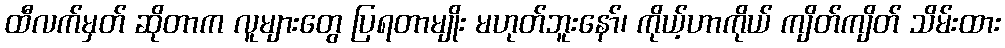
ထီလက်မှတ် ဆိုတာက လူများတွေ ပြရတာမျိုး မဟုတ်ဘူးနော်၊ ကိုယ့်ဟာကိုယ် ကျိတ်ကျိတ် သိမ်းထား